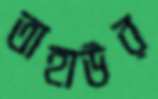
তাহাউর